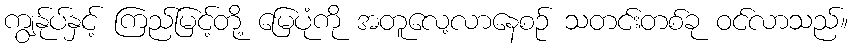
ကျွန်ုပ်နှင့် ကြည်မြင့်တို့ မြေပုံကို အတူလေ့လာနေစဉ် သတင်းတစ်ခု ဝင်လာသည်။